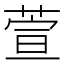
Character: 萱